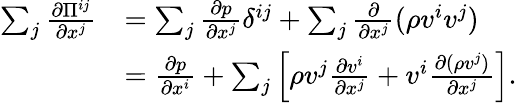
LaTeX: \begin{array}{rl}{\sum_{j}\frac{\partial\Pi^{ij}}{\partial x^{j}}}&{=\sum_{j}\frac{\partial p}{\partial x^{j}}\delta^{ij}+\sum_{j}\frac{\partial}{\partial x^{j}}(\rho v^{i}v^{j})}\\ &{=\frac{\partial p}{\partial x^{i}}+\sum_{j}\left[\rho v^{j}\frac{\partial v^{i}}{\partial x^{j}}+v^{i}\frac{\partial(\rho v^{j})}{\partial x^{j}}\right].}\end{array}